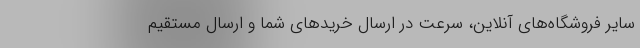
سایر فروشگاه‌های آنلاین، سرعت در ارسال خریدهای شما و ارسال مستقیم